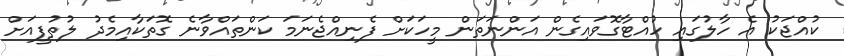
ކުއްޖަކު އެ ހާލުގައި ހުއްޓާގޮވައިގެން އަންނަތަން މީހަކަށް ފެނިއްޖެނަމަ ކަންތައްވާނެ ގޮތަކާއިމެދު ލުތުފީއަށް